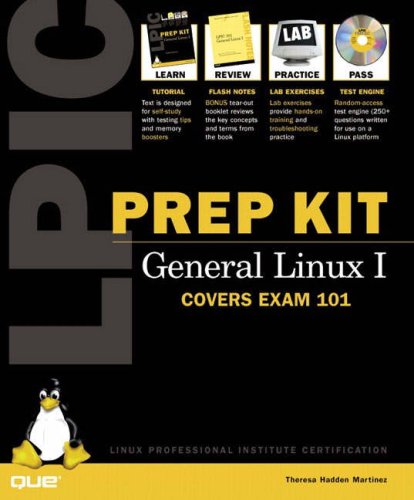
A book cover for LPIC Prep Kit 101 General Linux I (Exam guide); Theresa Hadden; Computers & Technology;